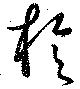
旋